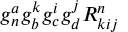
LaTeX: g _ { n } ^ { a } g _ { b } ^ { k } g _ { c } ^ { i } g _ { d } ^ { j } R _ { k i j } ^ { n }